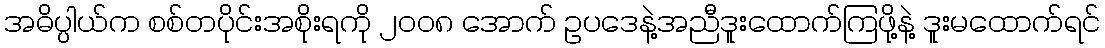
အဓိပ္ပါယ်က စစ်တပိုင်းအစိုးရကို ၂၀၀၈ အောက် ဥပဒေနဲ့အညီဒူးထောက်ကြဖို့နဲ့ ဒူးမထောက်ရင်